Annual report of the Bengal Veterinary College and of the Civil Veterinary Department, Bengal, for the year 1908-1909 - 1908-1909
Year: 1908
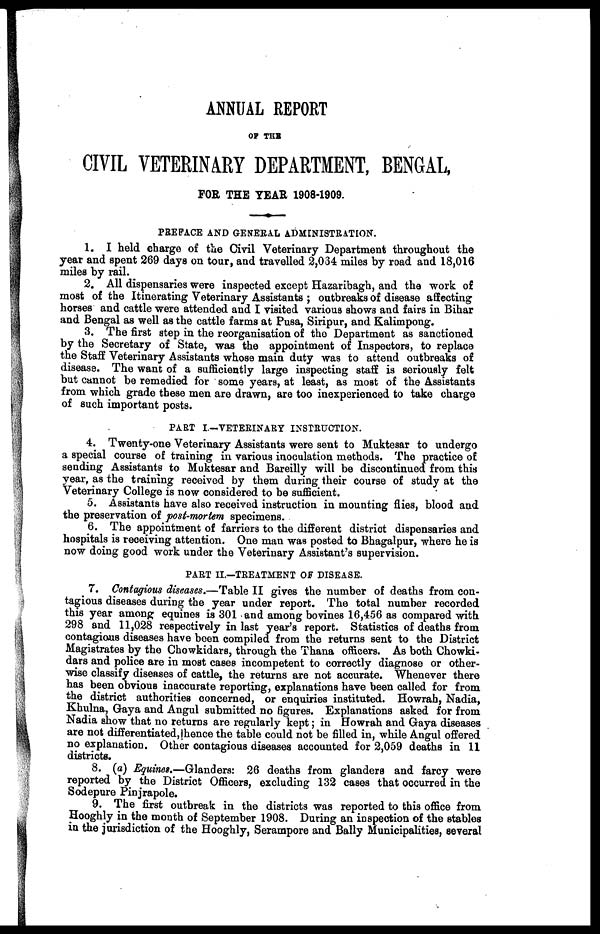
ANNUAL REPORT
OF THE
CIVIL VETERINARY DEPARTMENT, BENGAL,
FOR THE YEAR 1908-1909.
PREFACE AND GENERAL ADMINISTRATION.
1. I held charge of the Civil Veterinary Department throughout the
year and spent 269 days on tour, and travelled 2,034 miles by road and 18,016
miles by rail.
2. All dispensaries were inspected except Hazaribagh, and the work of
most of the Itinerating Veterinary Assistants ; outbreaks of disease affecting
horses and cattle were attended and I visited various shows and fairs in Bihar
and Bengal as well as the cattle farms at Pusa, Siripur, and Kalimpong.
3. The first step in the reorganisation of the Department as sanctioned
by the Secretary of State, was the appointment of Inspectors, to replace
the Staff Veterinary Assistants whose main duty was to attend outbreaks of
disease. The want of a sufficiently large inspecting staff is seriously felt
but cannot be remedied for some years, at least, as most of the Assistants
from which grade these men are drawn, are too inexperienced to take charge
of such important posts.
PART I.—VETERINARY INSTRUCTION.
4. Twenty-one Veterinary Assistants were sent to Muktesar to undergo
a special course of training in various inoculation methods. The practice of
sending Assistants to Muktesar and Bareilly will be discontinued from this
year, as the training received by them during their course of study at the
Veterinary College is now considered to be sufficient.
5. Assistants have also received instruction in mounting flies, blood and
the preservation of post-mortem specimens.
6. The appointment of farriers to the different district dispensaries and
hospitals is receiving attention. One man was posted to Bhagalpur, where he is
now doing good work under the Veterinary Assistant's supervision.
PART II.—TREATMENT OF DISEASE.
7. Contagious diseases.—Table II gives the number of deaths from con-
tagious diseases during the year under report. The total number recorded
this year among equines is 301 and among bovines 16,456 as compared with
298 and 11,028 respectively in last year's report. Statistics of deaths from
contagious diseases have been compiled from the returns sent to the District
Magistrates by the Chowkidars, through the Thana officers. As both Chowki-
dars and police are in most cases incompetent to correctly diagnose or other-
wise classify diseases of cattle, the returns are not accurate. Whenever there
has been obvious inaccurate reporting, explanations have been called for from
the district authorities concerned, or enquiries instituted. Howrah, Nadia,
Khulna, Gaya and Angul submitted no figures. Explanations asked for from
Nadia show that no returns are regularly kept; in Howrah and Gaya diseases
are not differentiated,!hence the table could not be filled in, while Angul offered
no explanation. Other contagious diseases accounted for 2,059 deaths in 11
districts.
8. (a) Equines.—Glanders: 26 deaths from glanders and farcy were
reported by the District Officers, excluding 132 cases that occurred in the
Sodepure Pinjrapole.
9. The first outbreak in the districts was reported to this office from
Hooghly in the month of September 1908. During an inspection of the stables
in the jurisdiction of the Hooghly, Serampore and Bally Municipalities, several